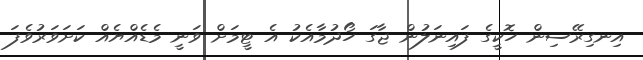
އިނގިރޭސިން ހޮކީގެ ފައިނަލުން ޖާގަ ހޯދުމާއެކު އެ ޓީމަށް ވަނީ މެޑެއްޔެއް ކަށަވަރުވެފަ